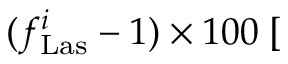
( f _ { \mathrm { L a s } } ^ { i } - 1 ) \times 1 0 0 \; [ \